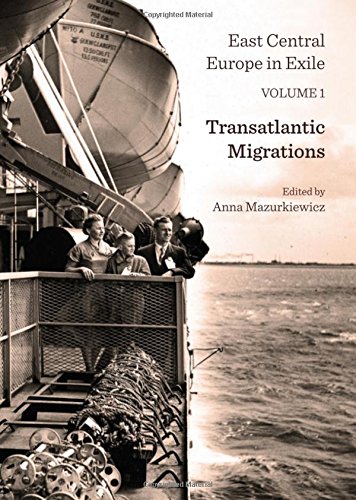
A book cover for East Central Europe in Exile Volume 1: Transatlantic Migrations; Anna Mazurkiewicz; Politics & Social Sciences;